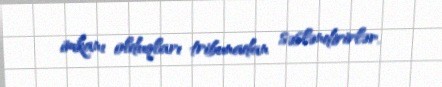
imkanı olduqları tribunadan səsləndirirlər.